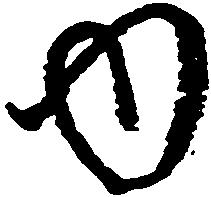
内